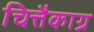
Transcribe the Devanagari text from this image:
चित्तैकाग्र